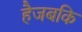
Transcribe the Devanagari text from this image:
हैजबकि